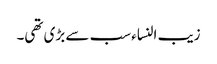
زیب النساء سب سے بڑی تھی۔